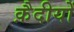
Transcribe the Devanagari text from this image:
क़ैदीयों